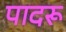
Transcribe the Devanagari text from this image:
पादरू